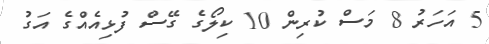
5 އަހަރު 8 މަސް ކުރިން 10 ކިލޯގެ ގޭސް ފުޅިއެއްގެ އަގު